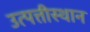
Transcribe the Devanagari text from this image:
उत्पत्तीस्थान